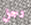
رجل